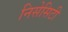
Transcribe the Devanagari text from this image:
निसेसिटी